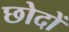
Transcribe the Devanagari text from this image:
छोदों